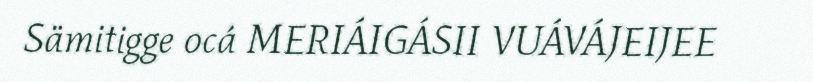
Sämitigge ocá MERIÁIGÁSII VUÁVÁJEIJEE